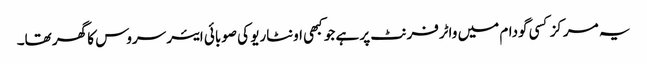
یہ مرکز کسی گودام میں واٹرفرنٹ پر ہے جو کبھی اونٹاریو کی صوبائی ایئر سروس کا گھر تھا۔